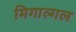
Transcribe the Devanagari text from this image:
मिगाल्गल